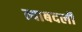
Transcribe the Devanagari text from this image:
त्याबदली